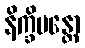
နိက္ခိပန္တော